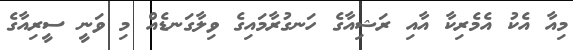
މިއާ އެކު އެމެރިކާ އާއި ރަޝިއާގެ ހަނގުރާމައިގެ ވިލާގަނޑެއް މި ވަނީ ސީރިއާގެ